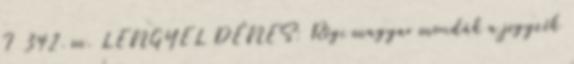
I 342. m. LENGYEL DÉNES: Régi magyar mondák a jegyzék